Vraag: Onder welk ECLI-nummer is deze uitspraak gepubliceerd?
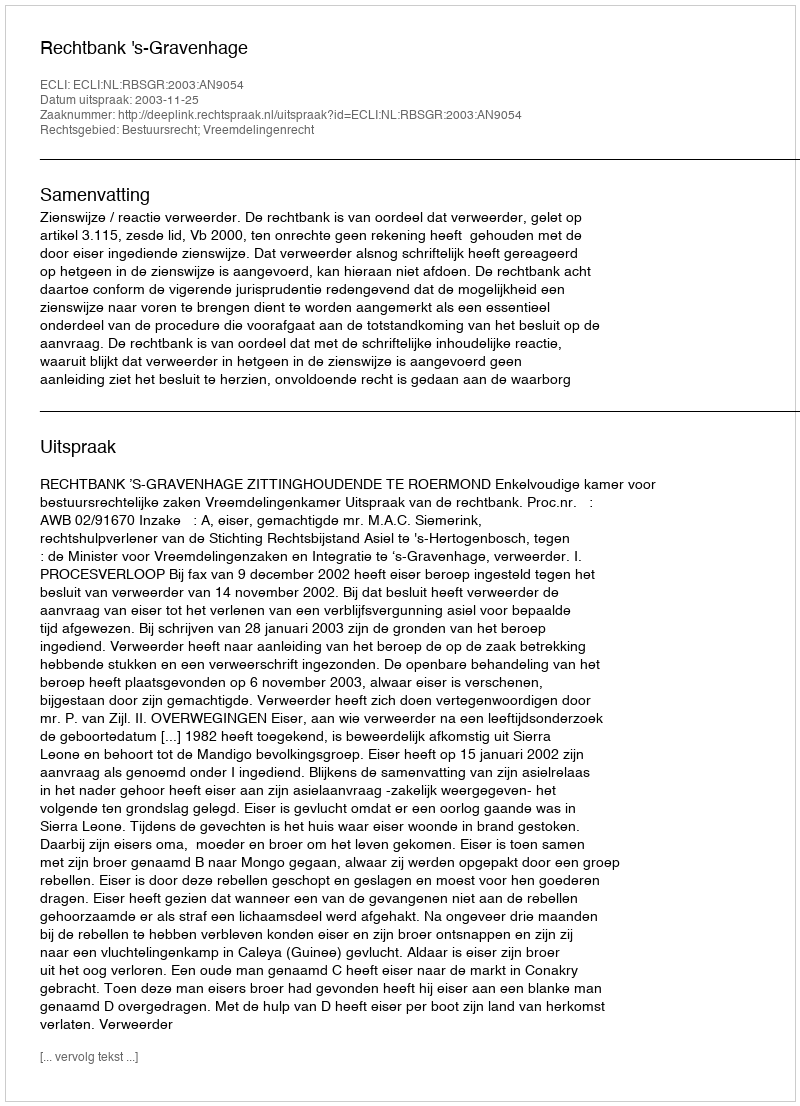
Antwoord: ECLI:NL:RBSGR:2003:AN9054